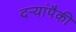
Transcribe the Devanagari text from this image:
दऱ्यांपैकी